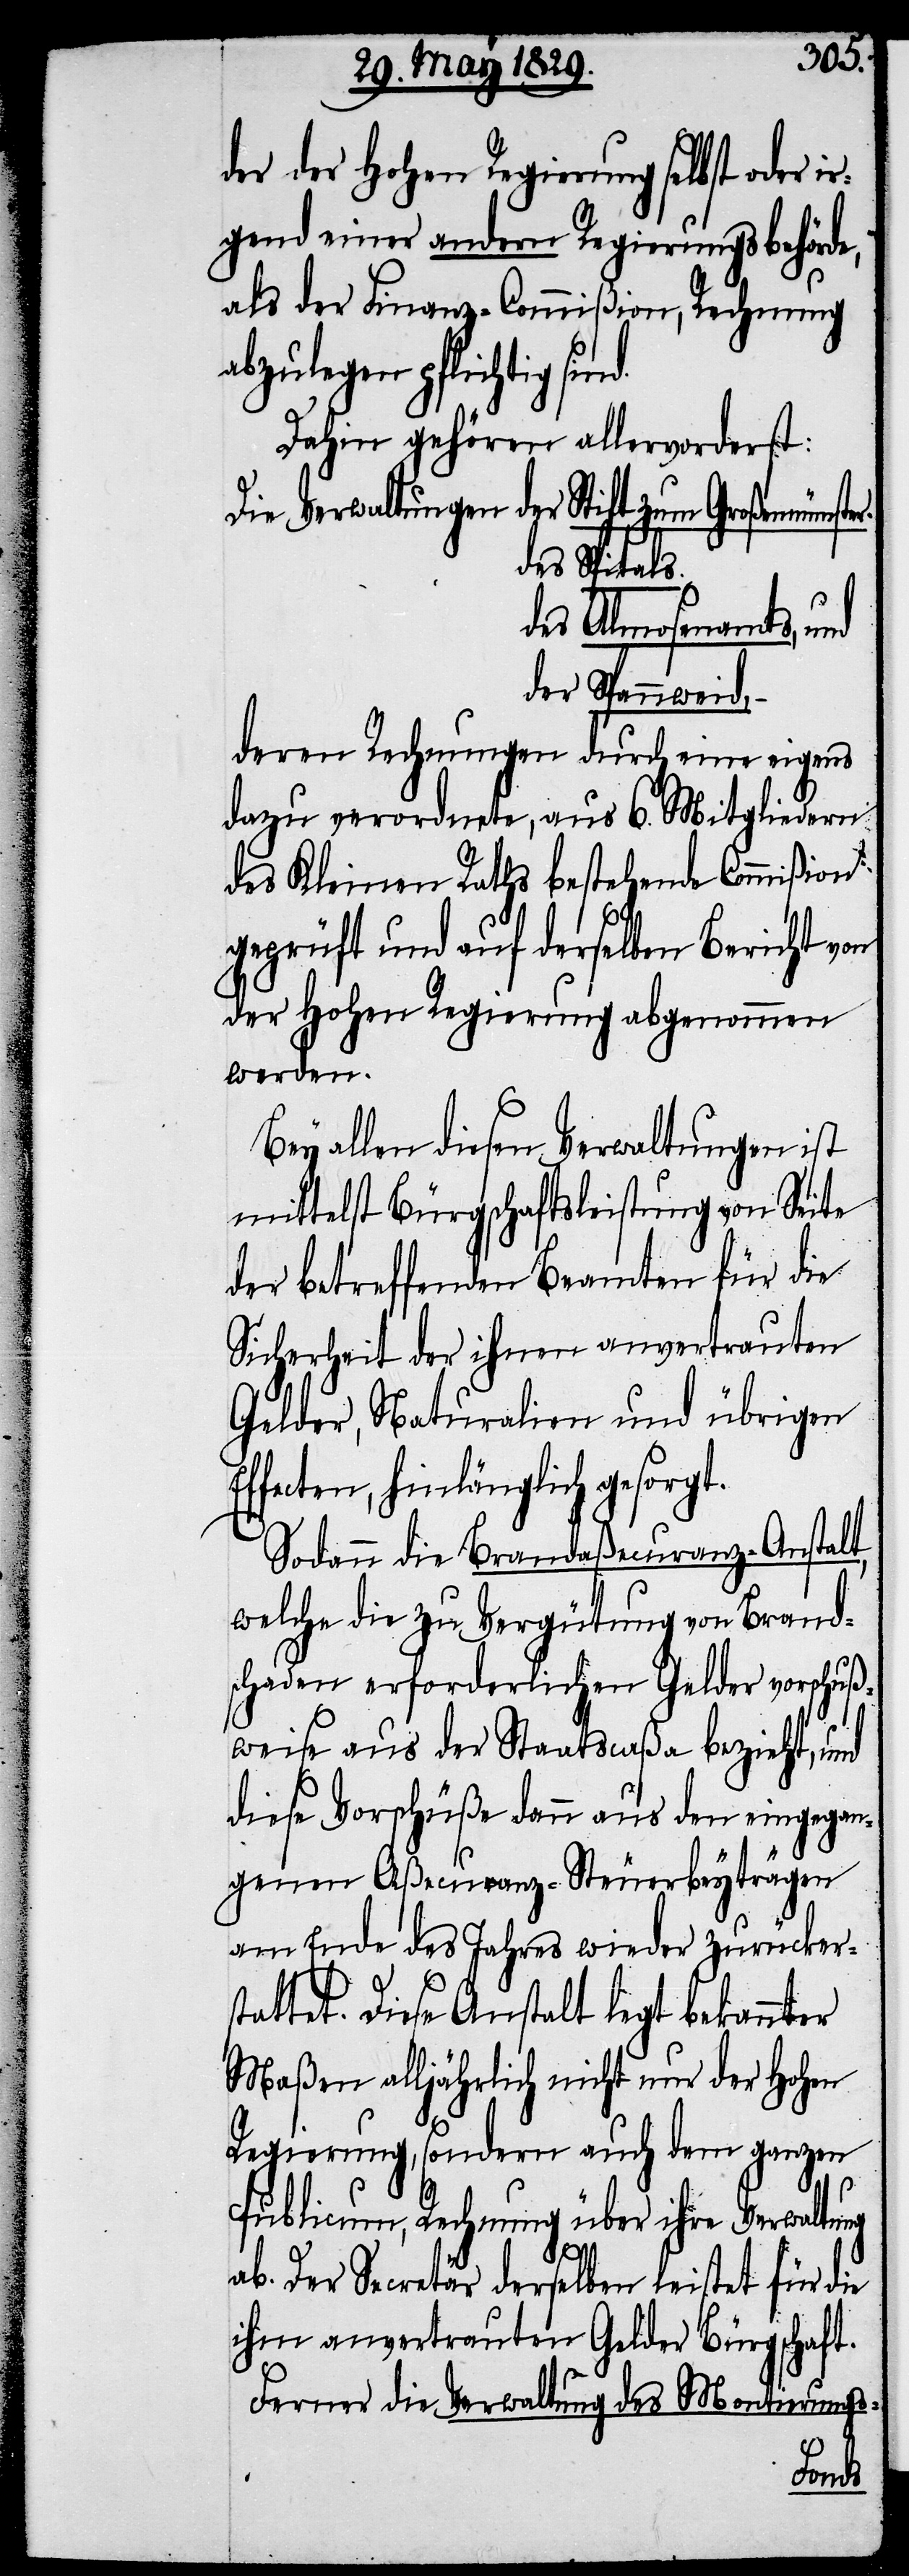
der der Hohen Regierung selbst oder i¬
rgend einer andern Regierungsbehörde,
als der Finanz-Commißion, Rechnung
abzulegen pflichtig
Dahin gehören allervorderst:
Die Verwaltungen der Stift zum Großmünster.
des Spitals.
des Almosenamts, und
der Spannweid,–
deren Rechnungen durch eine eigens
dazu verordnete, aus 6. Mitgliedern
des Kleinen Raths bestehende Commißion
geprüft und auf derselben Bericht von
der Hohen Regierung abgenommen
werden.
Bey allen diesen Verwaltungen ist
mittelst Bürgschaftsleistung von Seite
der betreffenden Beamten für die
Sicherheit der ihnen anvertrauten
Gelder, Naturalien und übrigen
ffecten, hinlänglich gesorgt.
Sodann die Brandaßecuranz-Anstalt,
welche die zu Vergütung von Brand¬
schaden erforderlichen Gelder vorschuß¬
weise aus der Staatscaßa bezieht, und
diese Vorschüße dann aus den eingegan¬
genen Aßecuranz-Steuerbeyträgen
am Ende des Jahres wieder zurückers¬
tattet. Diese Anstalt hat bekannter
Maßen alljährlich nicht nur der Hohen
Regierung, sondern auch dem ganzen
Publicum, Rechnung über ihre Verwaltu¬
ng
ab. Der Secretär derselben leistet für die
ihm anvertrauten Gelder Bürgschaft.
Ferner die Verwaltung des Montierungs-
sind.